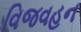
વિજવહન